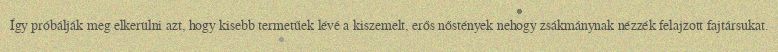
Így próbálják meg elkerülni azt, hogy kisebb termetűek lévé a kiszemelt, erős nőstények nehogy zsákmánynak nézzék felajzott fajtársukat.